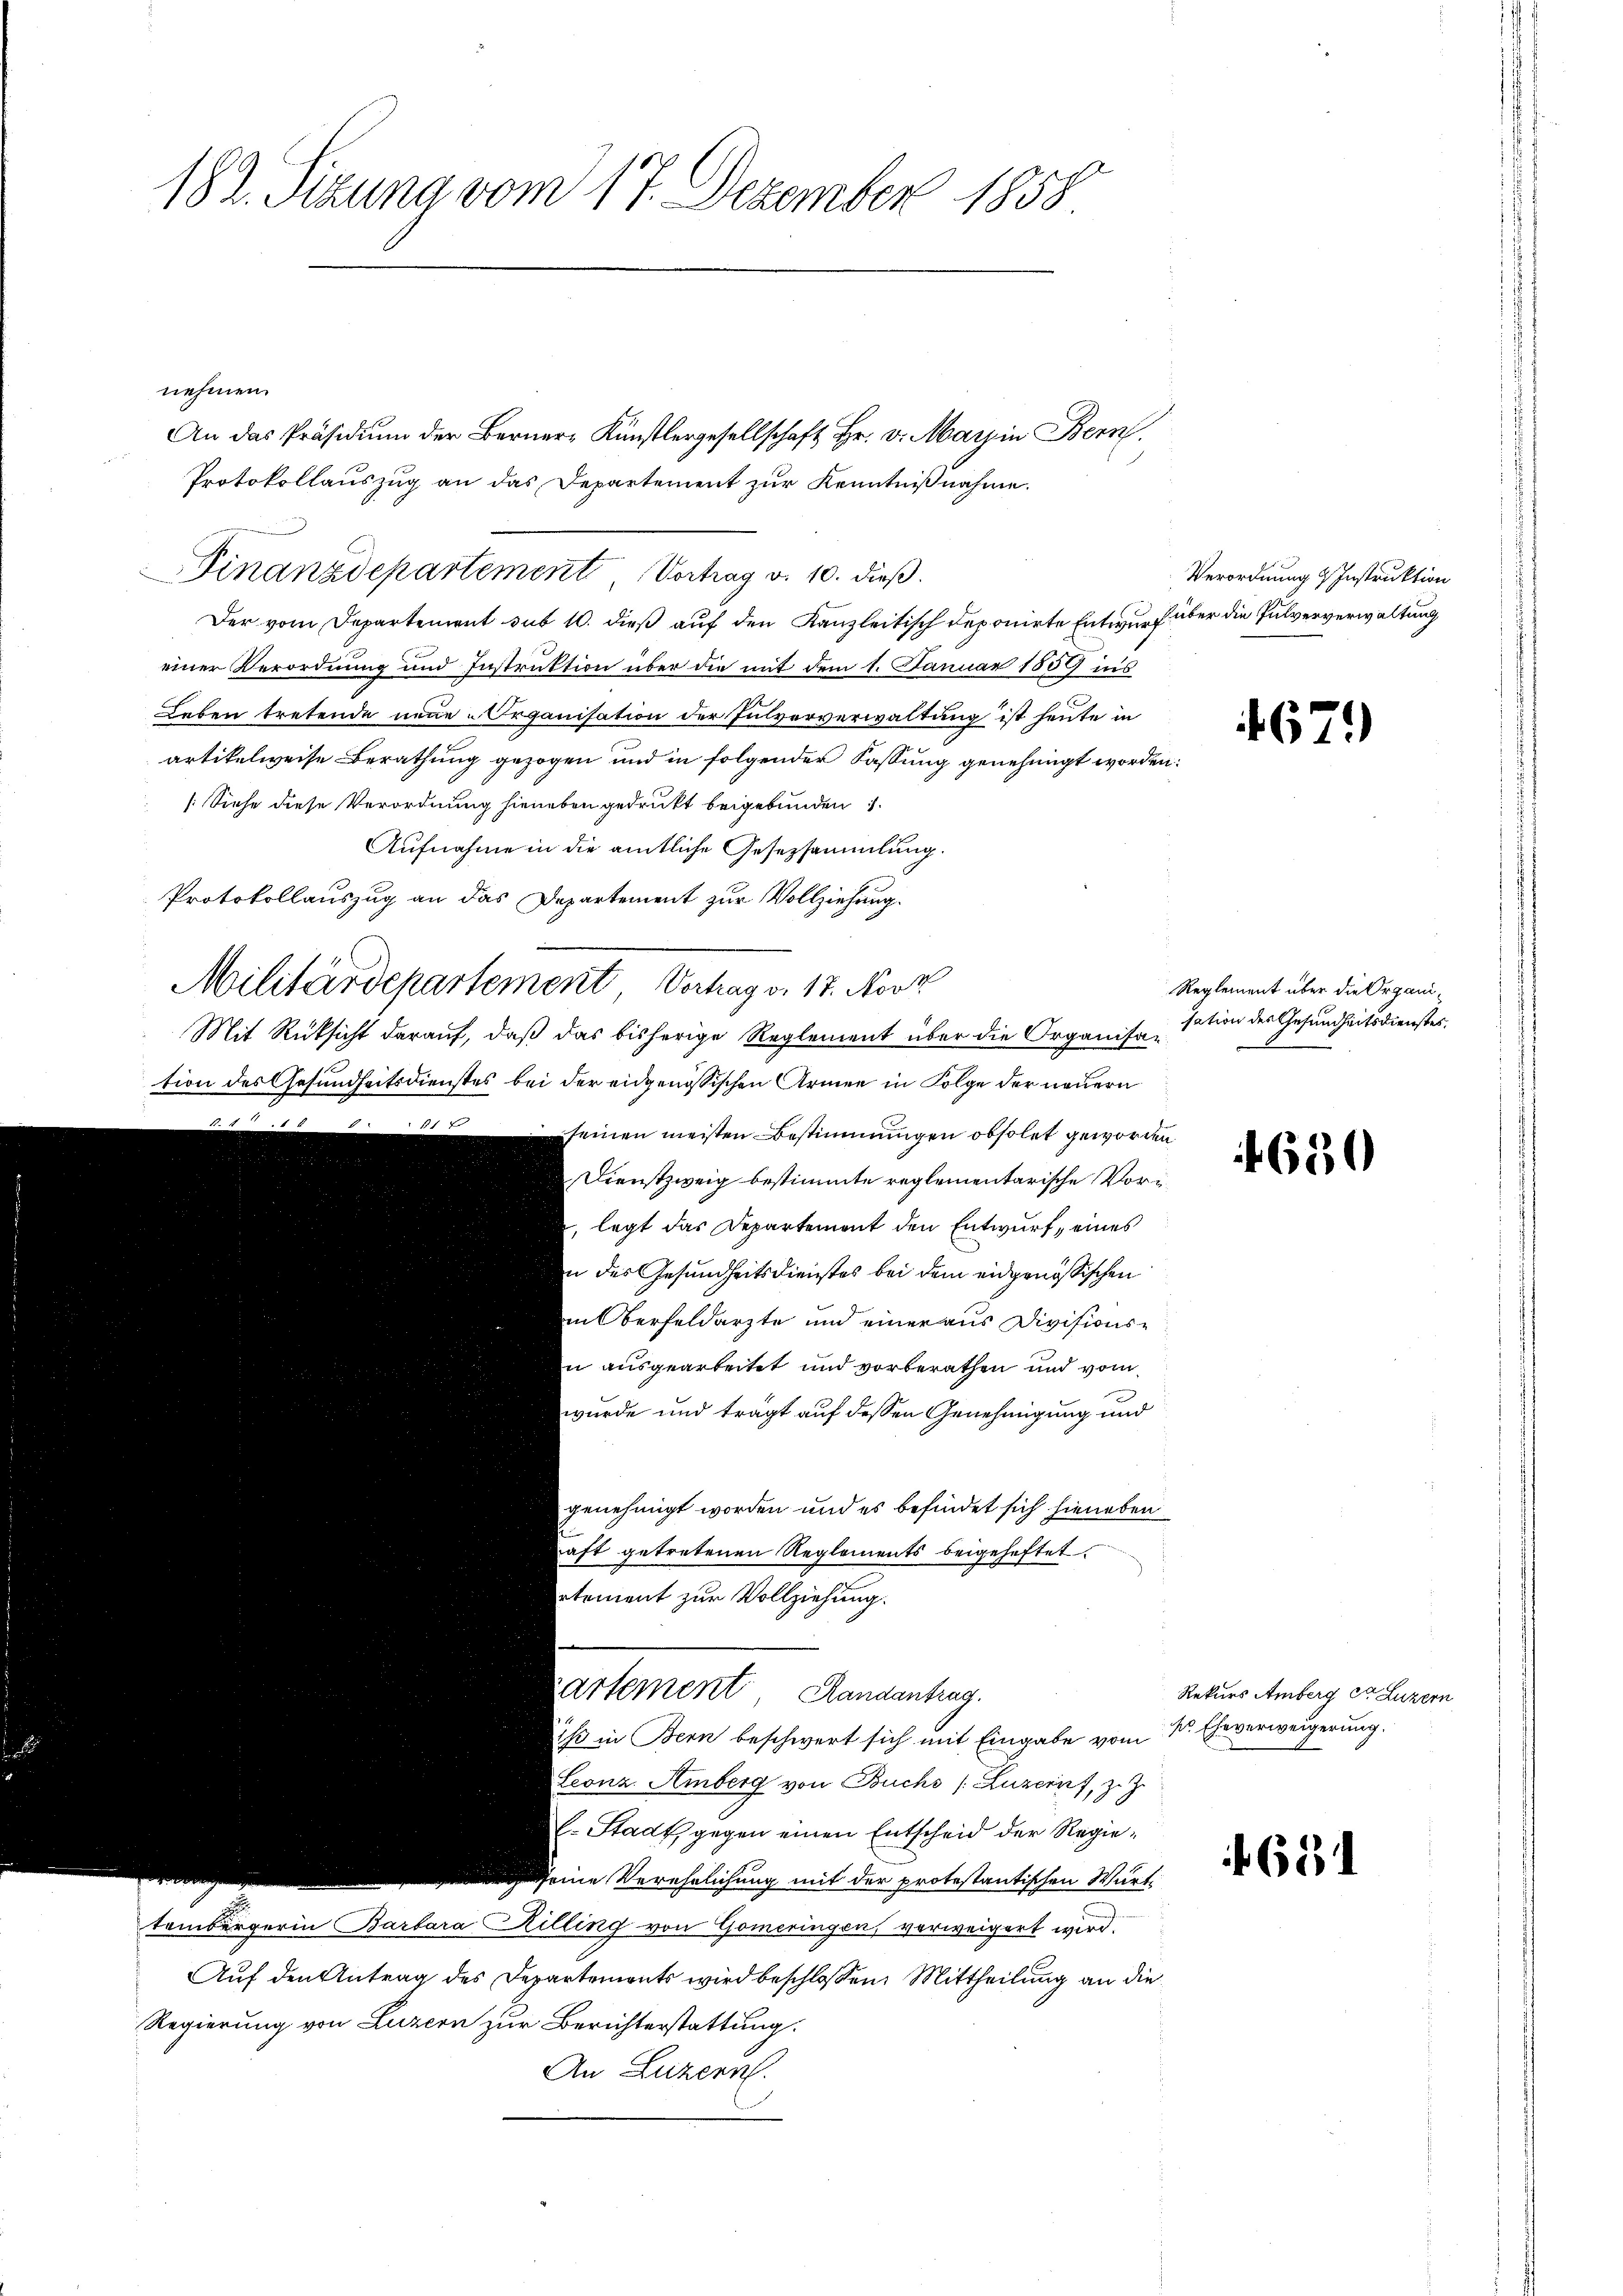
182. Sizung vom 17. Dezember 1858

nehmen.
An das Präsidium der Berner- Künstlergesellschaft Hr. v. Marin Bern,
Protokollauszug an das Departement zur Kenntnißnahme.
Finanzdepartement Vortrag v. 10. dieβ.
Der vom Departement sub 10. dieß auf den Kanzleitisch deponirte Entwurf über die Pulververwaltung
einer Verordnung und Instruktion über die mit dem 1. Januar 1859 ins
Leben tretende neue-Organisation der Pulververwaltung ist heute in
artikelweise Berathung gezogen und in folgender Fassung genehmigt worden:
[Siehe diese Verordnung hieneben gedrukt beigebunden
Aufnahme in die amtliche Gesezsammlung.
Protokollauszug an das Departement zur Vollziehung.
Militärdepartement Vertrag v. 17. Novk
Mit Rüksicht darauf, daß das bisherige Reglement über die Organisar
tion des Gesundheitsdienstes bei der eidgenössischen Armen in Folge der neuern
11 x
seinen meisten Bestimmungen obsolet geworden
Dienstzweig bestimmte reglementarische Vorilegt das Departement den Entwurf, eines
n des Gesundheitsdienstes bei dem eidgenössischen
in Oberfeldarzte und einer aus Divisions¬
u ausgearbeitet und vorberathen und vom
wurde und trägt auf dessen Genehmigung und
genehmigt worden und es befindet sich hieneben
haft getretenen Reglements beigeheftet.
etement zur Vollziehung.

Regierung von Luzern zur Berichterstattung.

Kartement Randantrag.
ist in Bern beschwert sich mit Eingabe vom 1. Eheverweigerung.
Leonz Amberg von Buchs (Luzern, z. Z.
l. Stadt gegen einen Entscheid der Regie¬

ch seine Verehrlichung mit der protestantischen Wurt
tombergerin Barbara Rilling von Gomeringen, verweigert wird.
Auf den Antrag des Departements wird beschlossen: Mittheilung an die
An Luzern.

Verordnung & Instruktion

1671)

Reglement über die Organisation des Gesundheitsdienstes.

4630

Rekurs Amberg et Luzern

631